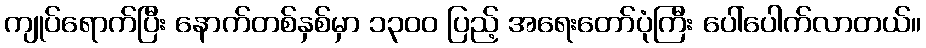
ကျုပ်ရောက်ပြီး နောက်တစ်နှစ်မှာ ၁၃၀၀ ပြည့် အရေးတော်ပုံကြီး ပေါ်ပေါက်လာတယ်။